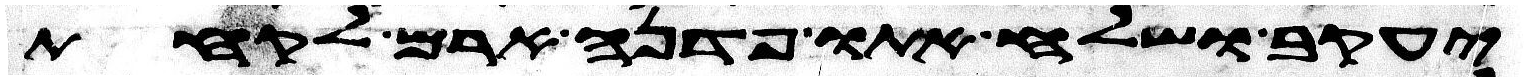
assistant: יעקב ושלח אתו פדנה ארם לקחת